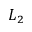
L _ { 2 }